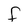
Character: F